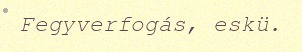
Fegyverfogás, eskü.